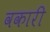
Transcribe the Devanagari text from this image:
वकारी